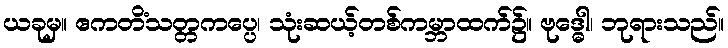
ယခုမှ။ ဧကတိံသတ္တကပ္ပေ၊ သုံးဆယ့်တစ်ကမ္ဘာထက်၌။ ဗုဒ္ဓေါ၊ ဘုရားသည်။